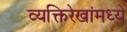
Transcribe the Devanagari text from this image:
व्यक्तिरेखांमध्ये